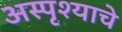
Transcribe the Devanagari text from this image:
अस्पृश्‍याचे